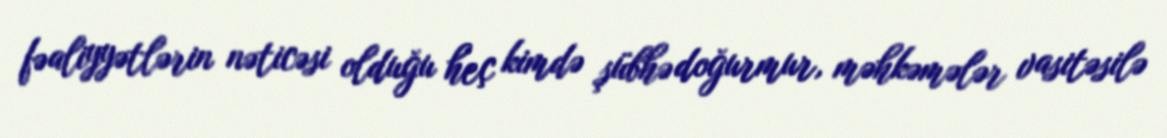
fəaliyyətlərin nəticəsi olduğu heç kimdə şübhə doğurmur, məhkəmələr vasitəsilə